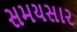
સમયસાર